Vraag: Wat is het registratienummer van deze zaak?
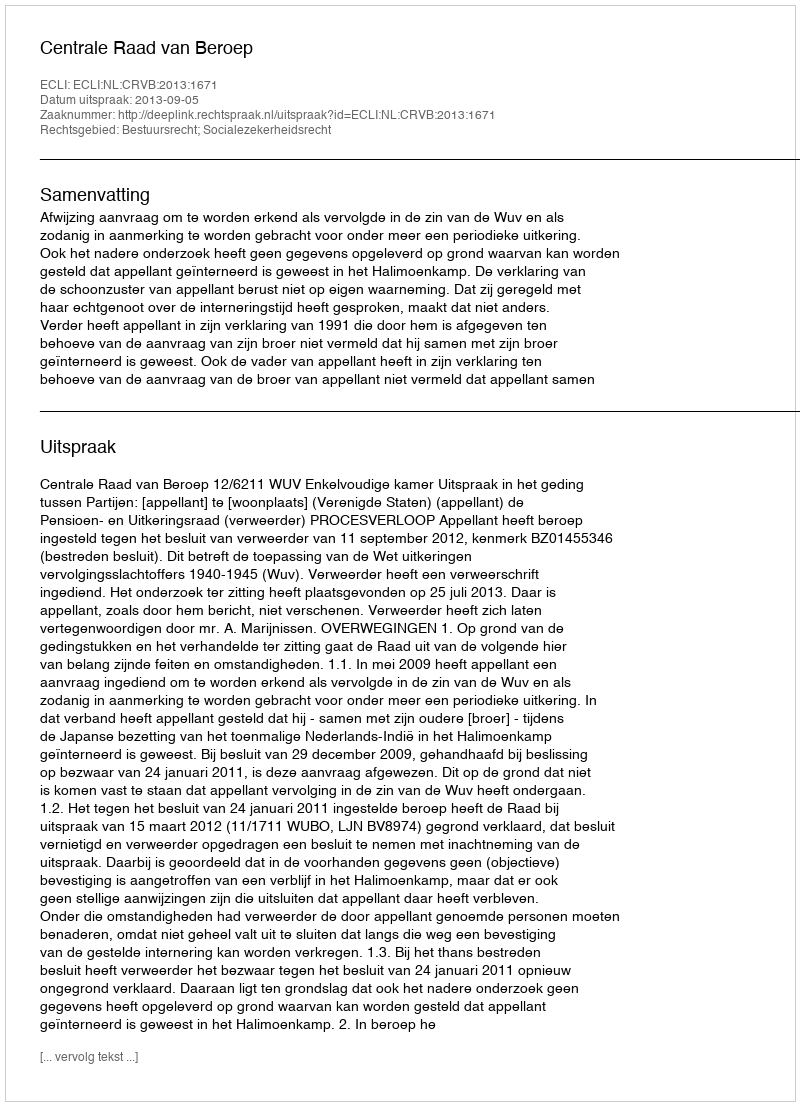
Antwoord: http://deeplink.rechtspraak.nl/uitspraak?id=ECLI:NL:CRVB:2013:1671